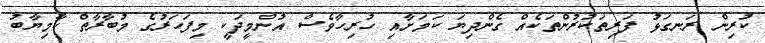
ކުރިން ރަނގަޅު ފަރިތަކުރުންތަކެއް ގެންދިޔަ ކަަމަށާއި ހުރިހާވެސް އުންމީދަކީ މިފަހަރުގެ މުބާރާތް ކާމިޔާބު